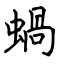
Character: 蝸